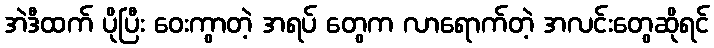
အဲဒီထက် ပိုပြီး ဝေးကွာတဲ့ အရပ် တွေက လာရောက်တဲ့ အလင်းတွေဆိုရင်